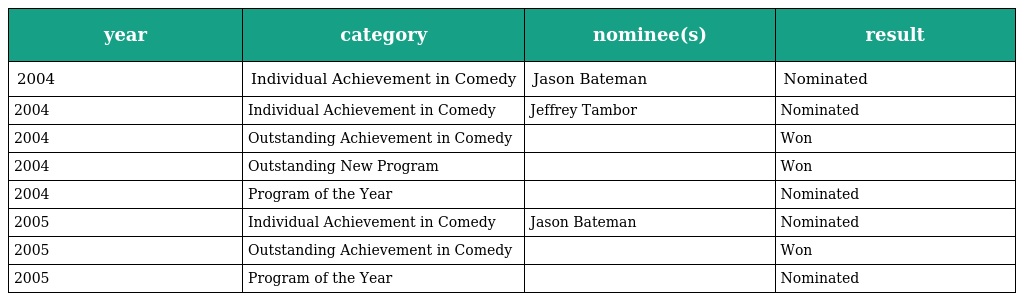
| year | category | nominee(s) | result |
 | --- | --- | --- | --- |
 | 2004 | Individual Achievement in Comedy | Jason Bateman | Nominated |
 | 2004 | Individual Achievement in Comedy | Jeffrey Tambor | Nominated |
 | 2004 | Outstanding Achievement in Comedy |  | Won |
 | 2004 | Outstanding New Program |  | Won |
 | 2004 | Program of the Year |  | Nominated |
 | 2005 | Individual Achievement in Comedy | Jason Bateman | Nominated |
 | 2005 | Outstanding Achievement in Comedy |  | Won |
 | 2005 | Program of the Year |  | Nominated |